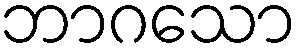
ဘာဂသော